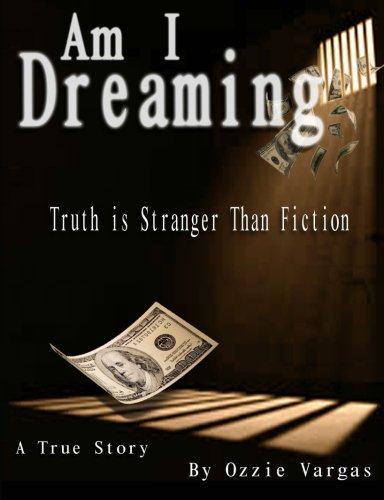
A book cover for Am I Dreaming (Volume 1); Ozzie Vargas; Biographies & Memoirs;